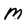
Character: M